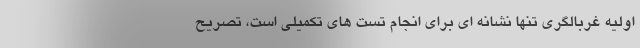
اولیه غربالگری تنها نشانه ای برای انجام تست های تکمیلی است، تصریح